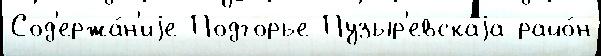
Сод'ержа́н'иjе Подгорье Пузыр'евскаjа райо́н